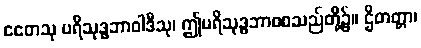
ဧတေသု ပရိသုဒ္ဓဘာဝါဒီသု၊ ဤပရိသုဒ္ဓဘာဝစသည်တို့၌။ ဌိတတ္တာ၊